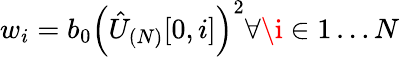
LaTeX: w_{i}=b_{0}\left(\hat{U}_{(N)}[0,i]\right)^{2}\forall\i\in 1\ldots N